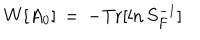
LaTeX: W [ A _ { 0 } ] \, = \, - \mathrm { T r } [ \ln S _ { F } ^ { - 1 } ]